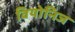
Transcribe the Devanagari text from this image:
वियोनिज